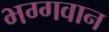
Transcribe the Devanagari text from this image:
भग्गवान